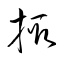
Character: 掫